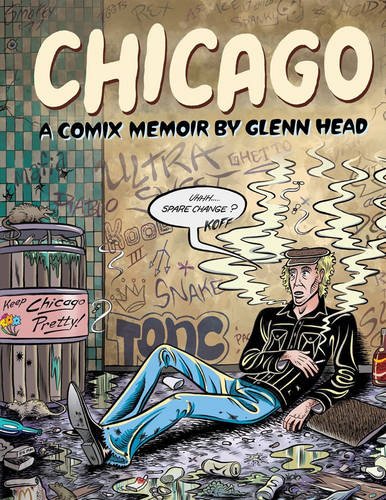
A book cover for Chicago; Glenn Head; Comics & Graphic Novels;